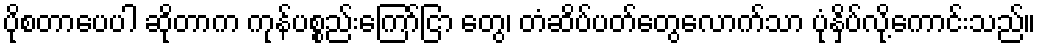
ပိုစတာပေပါ ဆိုတာက ကုန်ပစ္စည်းကြော်ငြာ တွေ၊ တံဆိပ်ပတ်တွေလောက်သာ ပုံနှိပ်လို့ကောင်းသည်။